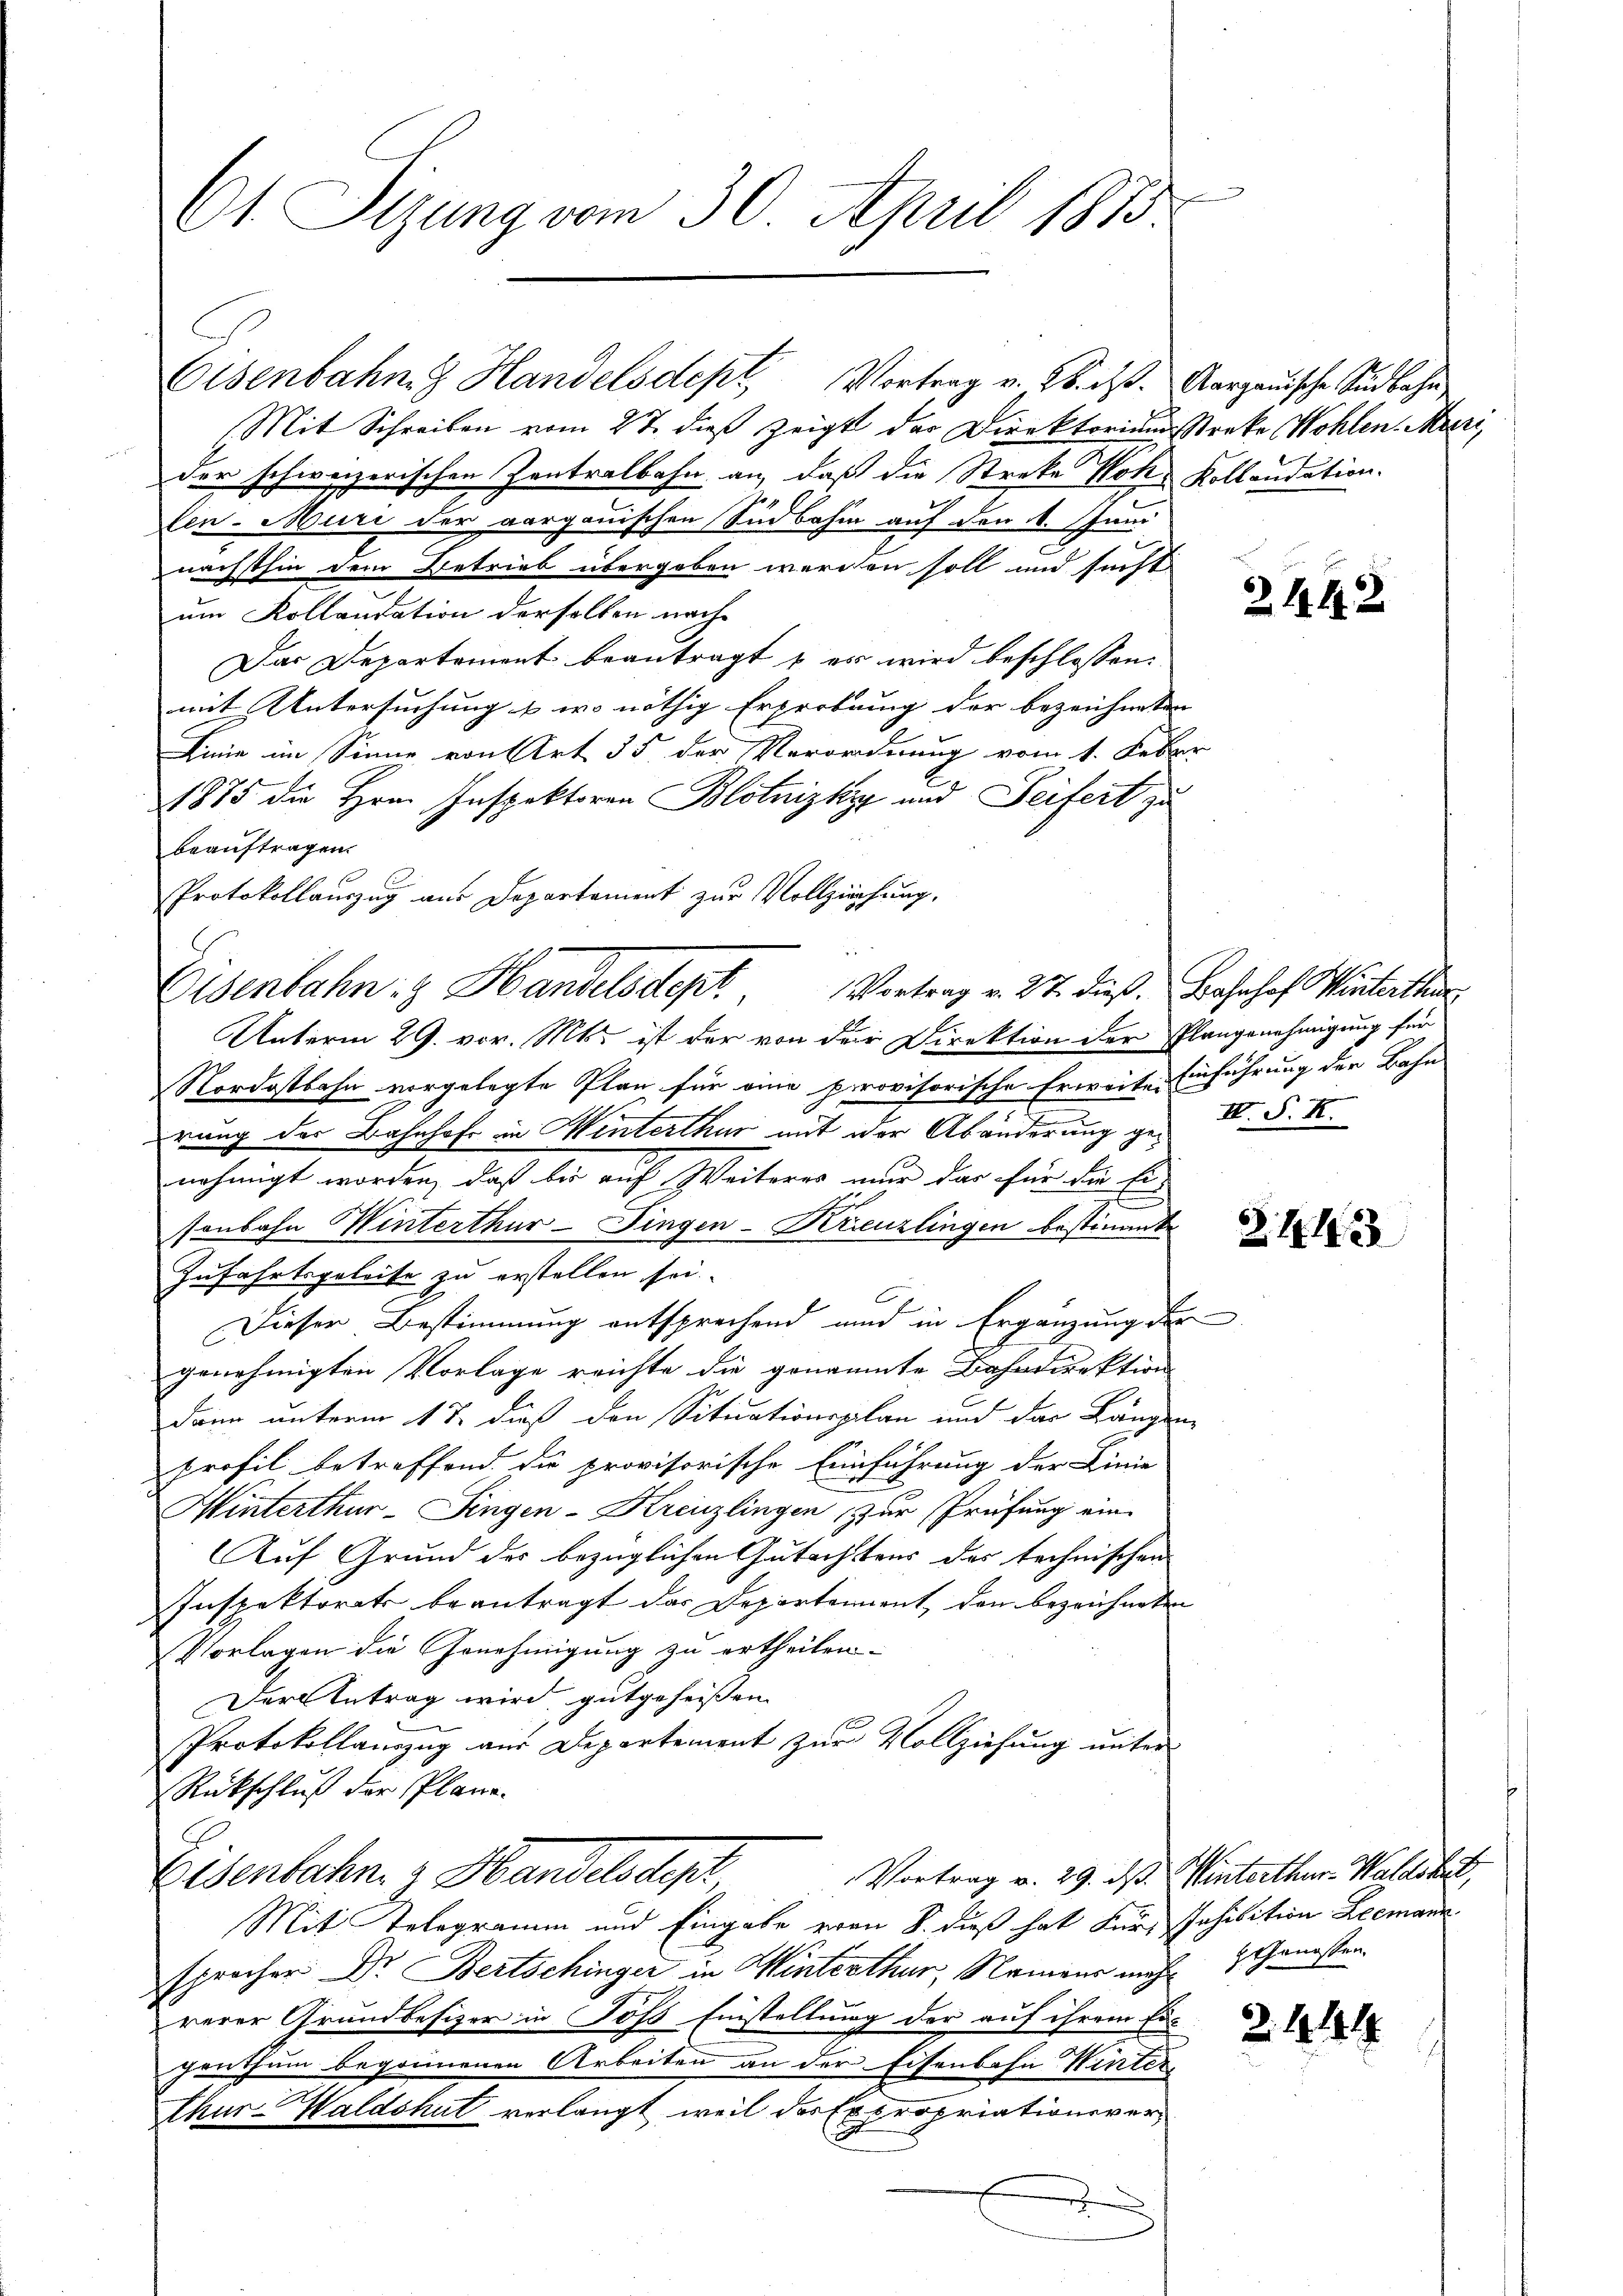
Ct. Sizung vom 30. April 1873

Mit Schreiben vom 27. dieß zeigt der Direktoriumsstreke Wohlen. Mari
der schweizerischen Zentralbahn an, daß die Streke Hohe Kollaudation.
fen. Muri der aargauischen Südbahn auf den 4. Juni
nächsthin dem Betrieb übergeben werden soll und sucht
um Kollaudation derselben nach
Das Departement beantragt, es wird beschlossen:
mit Untersuchung u. wo nöthig Erprebung der bezeichneten
Linie im Sinne von Art 35 der Verordnung vom 1. Febr.
1875 die Hrn. Inspektoren Blotnizky und Seifert zu
beauftragen.
Protokollauszug aus Departement zur Vollziehung,
Unterm 29. vor. Mts. ist der von der Direktion der Plangenehmigung für
Nordostbahn vorgelegte Plan für eine provisorische Erweite Einführung der Bahn
rung des Bahnhofe in Winterthur mit der Abänderung genehmigt worden, daß bis auf Weiteres nur das für die Ei
sonbahn Winterthur-Fingen-Kreuzlingen bestimmte
Zufahrtsgeleite zu erstellen sei.
Dieser Bestimmung entsprechend und in Ergänzung der
genehmigten Vorlage reichte die genannte Bahndirektion
dann unterm 18. dieß den Situationsplan und das Längen-
profil betreffend die provisorische Einführung der Linie
Hinterthur–Singen-Kreuzlingen zur Prüfung ein
Auf Grund des bezüglichen Gutachtens des technischen
Inspektorats beantragt das Departement, den bezeichneten
Vorlagen die Genehmigung zu ertheilen.
Der Antrag wird, gutgeheißen
Protokollauszug aus Departement zur Vollziehung unter
Rückschluß der Plane.
Vortrag v. 29. ds. Winterthur-Waldshut,
Eisenbahn. z. Handels der
Mit Relegramm und Eingabe von 8. dieß hat Fürs Inhibition Leemann
sprocher Dr. Bertschinger in Winterthur, Namens mich Genossen
rerer Grundbesizer in Hofs Einstellung der auf ihrem Er-
penthum begonnenen Arbeiten an der Eisenbahn Winter
Chur-Waldshut verlangt, weil des Expropriationsvers
.

Eisenbahn & Handelsdept, Vortrag v. 26. ds. Aargauische Südbahn

Eisenbahn & Handelsdept. Vortrag v. 27. dieß. Bahnhof Winterthu

2

2442

IV. P. R.

6
45

2444